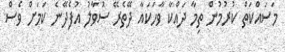
މަސައްކަތް ކުރުމުން ތިމާ ދައްކާ ވާހަކައާ ދޭތެރޭ ސުވާލު އުފެދޭނެ ކަމަށް ވެސް